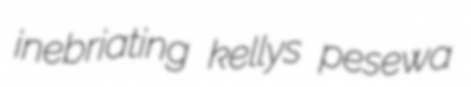
inebriating kellys pesewa